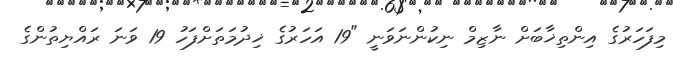
މިފަހަރުގެ އިންތިޚާބަށް ނާޒިމް ނިކުންނަވަނީ "19 އަހަރުގެ ޚިދުމަތަށްފަހު 19 ވަނަ ރައްޔިތުންގެ